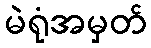
မဲရုံအမှတ်